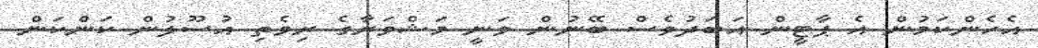
އެހެންކަމުން އެ ޕާޓީން އަބަދުވެސް ބޭނުން ވަނީ މަޝްވަރާގެ ރިވެތި އުސޫލުން ކަންކަން